Leaving Certificate Examination (including Day School Certificate (Higher) General paper), 1937
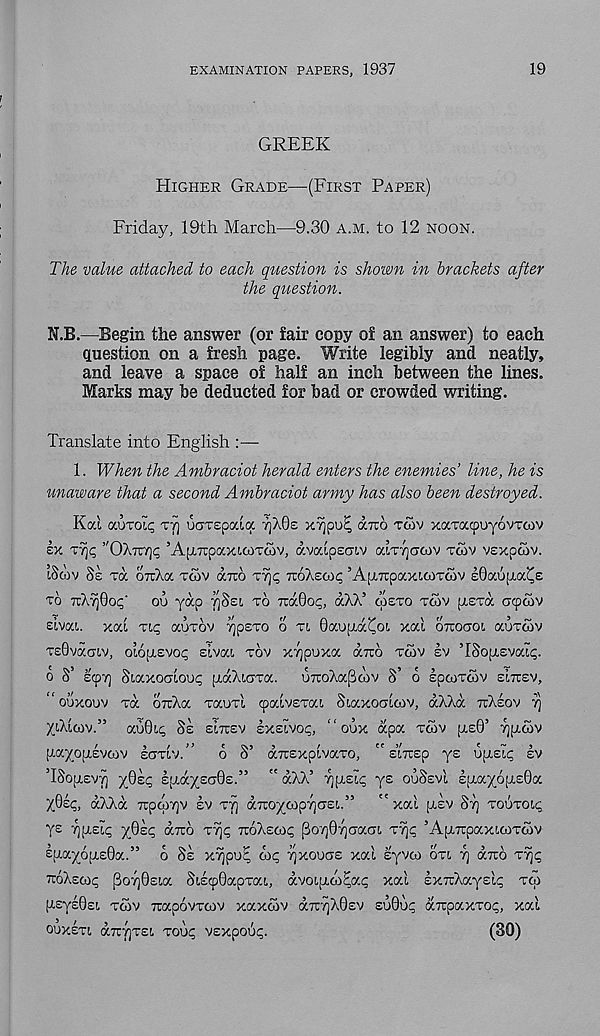
EXAMINATION PAPERS, 1937
19
GREEK
E[IGHER GRADE—(FIRST PAPER)
Friday, 19th March—9.30 A.M. to 12 NOON.
The value attached to each question is shown in brackets after
the question.
N,B.—Begin the answer (or fair copy of an answer) to each
question on a fresh page. Write legibly and neatly,
and leave a space of half an inch between the lines.
Marks may be deducted for bad or crowded writing.
Translate into English :—
1. When the Ambraciot herald enters the enemies’ line, he is
unaware that a second Ambraciot army has also been destroyed.
Koci auTot<; TY) ucnrspaia 7]X0E X7)pu£ duto TCOV xaTacpoyovroov
lx TY)<; ’'OXXYJC; ’AfXTcpocxicDTcov, avaipsciv oaTTjarfov TCOV vexpaiv.
tSwv Si ra oirXa TCOV axo
TUOAEOX; ’Aptirpaxiooraiv lOocupia^e
TO xA^Qoc; - ou yap ySei TO TTOCGOI;, aAA’ CAETO TWV [TETOC acpoov
eivat. xoci TIQ auTov yipETO o Tt, Oaojaa^oL xal OTTOCTOL auTtov
T£0vaaLv, ot6[i,EVo<g sivai TOV X7]puxa aira TCOV EV ’ISopLEvait;.
o S’ EcpY] Siaxodioo? [aaAiGTOc. UTioAapcdv S’ o IpcoTcov EITTEV,
“ouxoov Ta oxAa TKOTI cpaivETai Siaxoaicov, aAAa TTAEOV T)
XtAicov.” au0ii; Si EITUEV Ixsivof;, “ oux apa TCOV jasO’ 7][acov
[xayopiEvcov ECTTLV.” 6 S’ obrExpivocTo, " smEp ye upisi^ lv
TSopisvy y0l<; £[xay£a0£.” " aAA’ rj^eL; ys ouSsvt, £[aaypp.£0a
yOlt;, aAAa Trpcpyjv lv TY] a7uoycopY]ci£i.” "xal pclv SY] TOUTOIC;
ye YjpiE^ y0£^ axo TY)<; xoAecoi; j3oY]0Y)ciacn, T% ’AptxpaxicoTcov
Iu.ay6(a£0a.” o Si xypu^ cot; YjKOuae xal syvco OTI Y] axo T^<;
XOAECOI;
{3oy0eia SiecpOapTai, avoijaco^a^ xal exxAayel^ TCO
[ieye0Ei. TCOV xapovTcov xaxcov ax^AOev eo0u^ axpaxTO?, xal
OOXITI, axY]Tei TOUI; vexpou^.
(30)